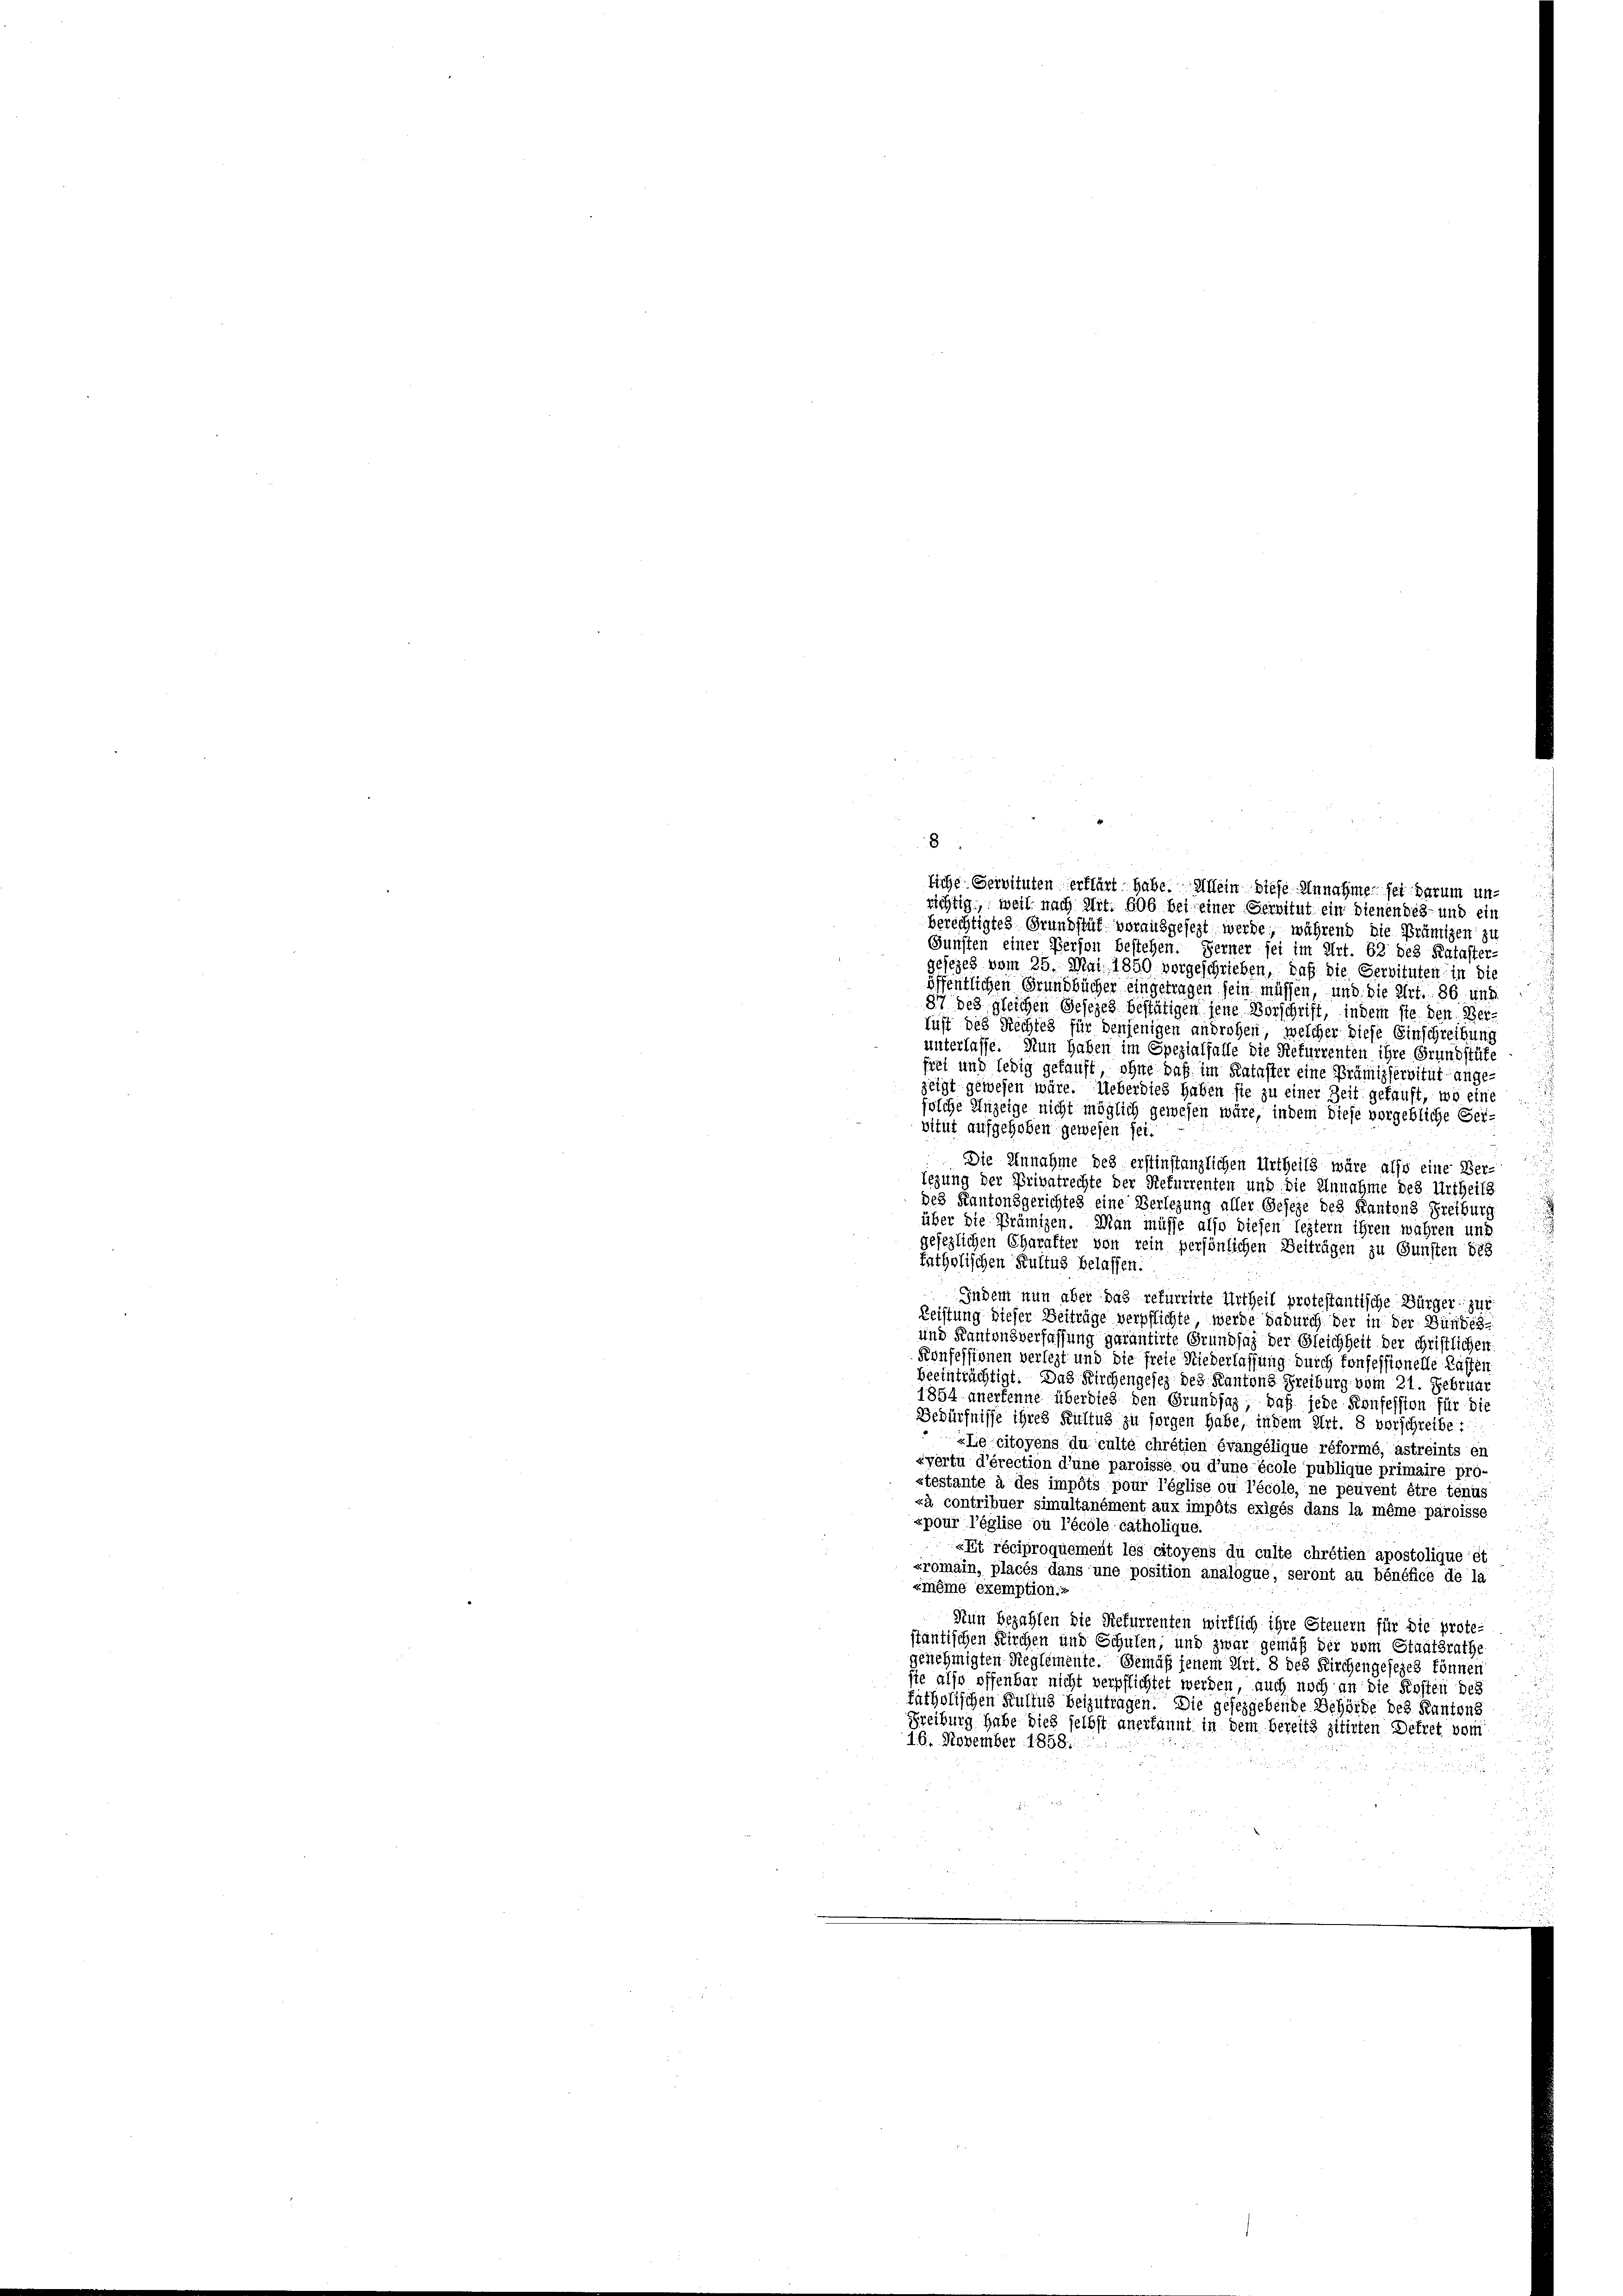
8
liche Servituten erklärt habe. Allein diese Annahme sei darum un-
richtig, weil nach Mit. 606 bei einer Servitut ein dienendes- und ein
berechtigtes Grundstüf vorausgesezt werde, während die Prämigen zu
Gunsten einer Person bestehen. Ferner sei im Art. 62 des Kataster-
J
gesezes vom 25. Mai 1850 vorgeschrieben, daß die Servituten in di
öffentlichen Grundbücher eingetragen sein müssen, und die Art. 86 und
87 des gleichen Gesezes bestätigen jene Vorschrift, indem sie den Bei
lust des Rechtes für denjenigen androhen, welcher diese Einschreibung
unterlasse. Nun haben im Spezialfalle die Refurrenten ihre Grundstüfe
frei und ledig gefaust, ohne daß im Kataster eine Prämisservitut ange-
zeigt gewesen wäre. Ueberdies haben sie zu einer Zeit gekauft, wo eine
solche Anzeige nicht möglich gewesen wäre, indem diese vorgebliche Ger-
vitut aufgehoben gewesen sei.
Die Einnahme des erstinstanzlichen Urtheils wäre also eine Ver-
legung der Privatrechte der Refurrenten und die Unnahme des Urtheils
des Kantonsgerichtes eine Verlegung aller Geseze des Kantons Freiburg
über die Prämizen. Man müsse also diesen leztem ihren wahren und
gesezlichen Charakter von rein persönlichen Beiträgen zu Gunsten bes
fatholischen Kultus belassen.
Indem nun aber das refurrirte Urtheil protestantische Bürger zur
Leistung dieser Beiträge verpflichte werde dadurch der in der Bundes
und Kantonsverfassung gerantirte Grundsaz der Gleichheit der christlichen
Konfessionen verlegt und die freie Niederlassung durch Confessionelle Lasten
beeinträchtigt. Das Kirchengesez des Kantons Freiburg vom 21. Februar
1854 anerkenne überdies den Grundsaz, daß jede Konfession für die
Bedürfnisse ihres Kultus zu sorgen habe, indem Art. 8 vorschreibe.
«Le citoyens du culté chrétien évangélique réformé, astreints er
zyertu d’érection d’une paroisse ou d’une école publique primaire pro-
stestante à des impots pour l’église où l’école, ne peuvent être tenus
«à contribuer simultanément aux impôts exigés dans la même paroisse
«pour l’église où l’école catholique.
«Et réciproquement les citoyens du culte chrétien apostolique et
«romain, placés dans une position analogue, seront au bénéfice de la
smême exemption.“
Nun bezahlen die Refurrenten wirklich ihre Steuern für die protestantischen Kirchen und Schulen, und zwar gemäß der vom Staatsrathe
genehmigten Reglemente. Gemäß jenem Art. 8 des Kirchengesezes können
sie also offenbar nicht verpflichtet werden, auch noch an die Kosten des
fatholischen Kultus beizutragen. Die geseggebende Behörde des Kantons
Freiburg habe dies selbst anerkannt in dem bereits zitirten Dekret vom
16. November 1858.